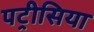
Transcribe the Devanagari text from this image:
पट्रीसिया